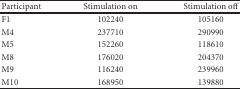
| Participant | Stimulation on | Stimulation off |
 | --- | --- | --- |
 | F1 | 102240 | 105160 |
 | M4 | 237710 | 290990 |
 | M5 | 152260 | 118610 |
 | M8 | 176020 | 204370 |
 | M9 | 116240 | 239960 |
 | M10 | 168950 | 139880 |